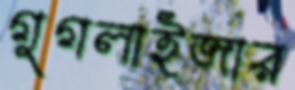
গুগলাইজার